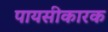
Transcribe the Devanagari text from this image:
पायसीकारक